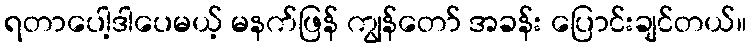
ရတာပေါ့ဒါပေမယ့် မနက်ဖြန် ကျွန်တော် အခန်း ပြောင်းချင်တယ်။